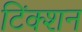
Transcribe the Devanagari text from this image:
टिंक्शन